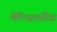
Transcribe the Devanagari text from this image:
मेनिन्जायटिस